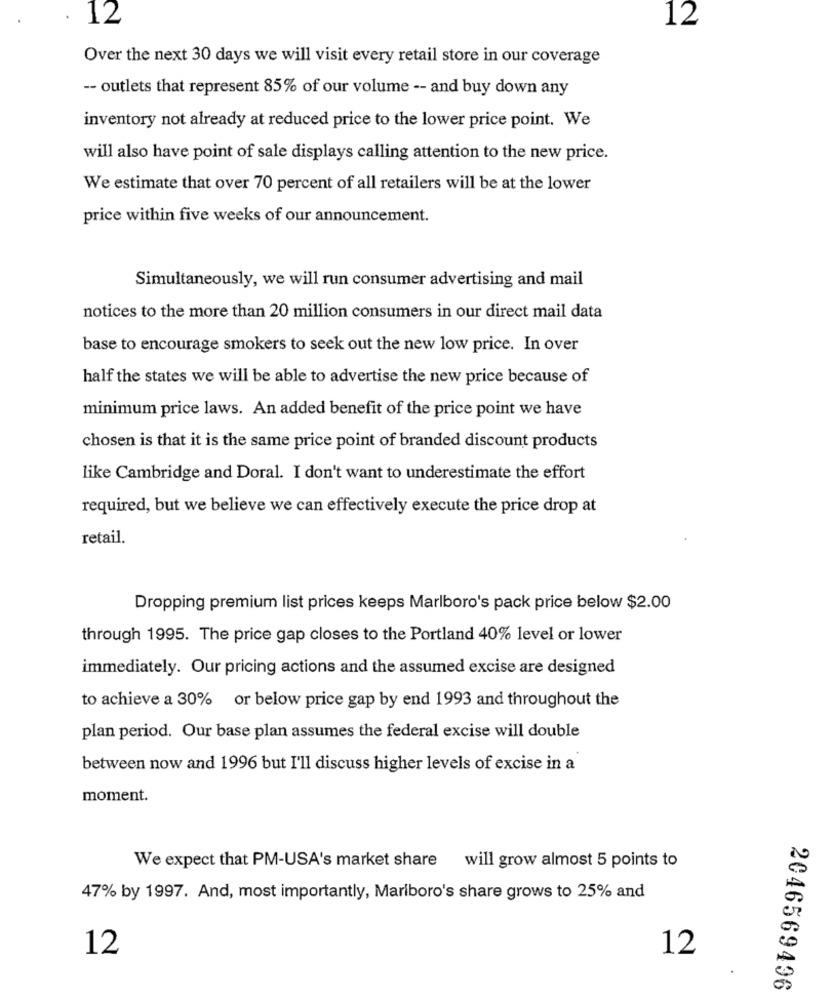
12
12
Over the next 30 days we will visit every retail store in our coverage
-- outlets that represent 85% of our volume -- and buy down any
inventory not already at reduced price to the lower price point. We
will also have point of sale displays calling attention to the new price.
We estimate that over 70 percent of all retailers will be at the lower
price within five weeks of our announcement.
Simultaneously, we will run consumer advertising and mail
notices to the more than 20 million consumers in our direct mail data
base to encourage smokers to seek out the new low price. In over
half the states we will be able to advertise the new price because of
minimum price laws. An added benefit of the price point we have
chosen is that it is the same price point of branded discount products
like Cambridge and Doral. I don't want to underestimate the effort
required, but we believe we can effectively execute the price drop at
retail.
Dropping premium list prices keeps Marlboro's pack price below $2.00
through 1995. The price gap closes to the Portland 40% level or lower
immediately. Our pricing actions and the assumed excise are designed
to achieve a 30% or below price gap by end 1993 and throughout the
plan period. Our base plan assumes the federal excise will double
between now and 1996 but I'll discuss higher levels of excise in a
moment.
We expect that PM-USA's market share will grow almost 5 points to
47% by 1997. And, most importantly, Mariboro's share grows to 25% and
12
12
2046569496